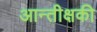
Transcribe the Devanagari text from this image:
आन्तीक्षकी